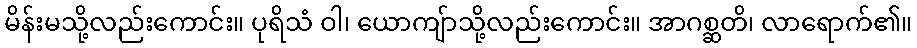
မိန်းမသို့လည်းကောင်း။ ပုရိသံ ဝါ၊ ယောကျ်ာသို့လည်းကောင်း။ အာဂစ္ဆတိ၊ လာရောက်၏။